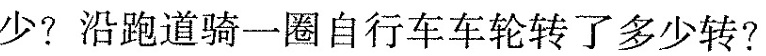
少?沿跑道骑一圈自行车车轮转了多少转?